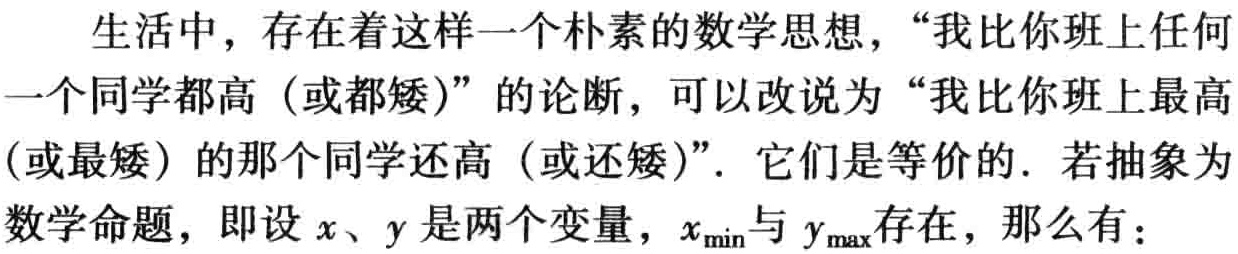
生活中，存在着这样一个朴素的数学思想，“我比你班上任何一个同学都高（或都矮）”的论断，可以改说为“我比你班上最高（或最矮）的那个同学还高（或还矮）”. 它们是等价的. 若抽象为数学命题，即设 \(x、y\) 是两个变量，\(x_{\min}\)与 \(y_{\max}\)存在，那么有：